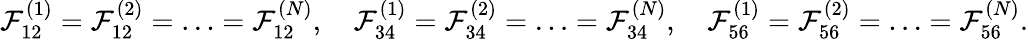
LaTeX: \mathcal{F}_{12}^{(1)}=\mathcal{F}_{12}^{(2)}=\ldots=\mathcal{F}_{12}^{(N)},\quad\mathcal{F}_{34}^{(1)}=\mathcal{F}_{34}^{(2)}=\ldots=\mathcal{F}_{34}^{(N)},\quad\mathcal{F}_{56}^{(1)}=\mathcal{F}_{56}^{(2)}=\ldots=\mathcal{F}_{56}^{(N)}.